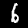
Label: 6